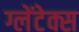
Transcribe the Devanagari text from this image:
ग्लेंटेक्स